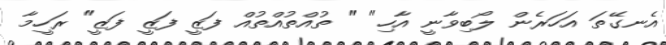
އެނގޭތަ އަހަރެން ލޯބިވާނީ އާހި" " ތުއްތުއްތުއް ފަޒީ ފަޒީ ފަޒީ" ރަހީމާ